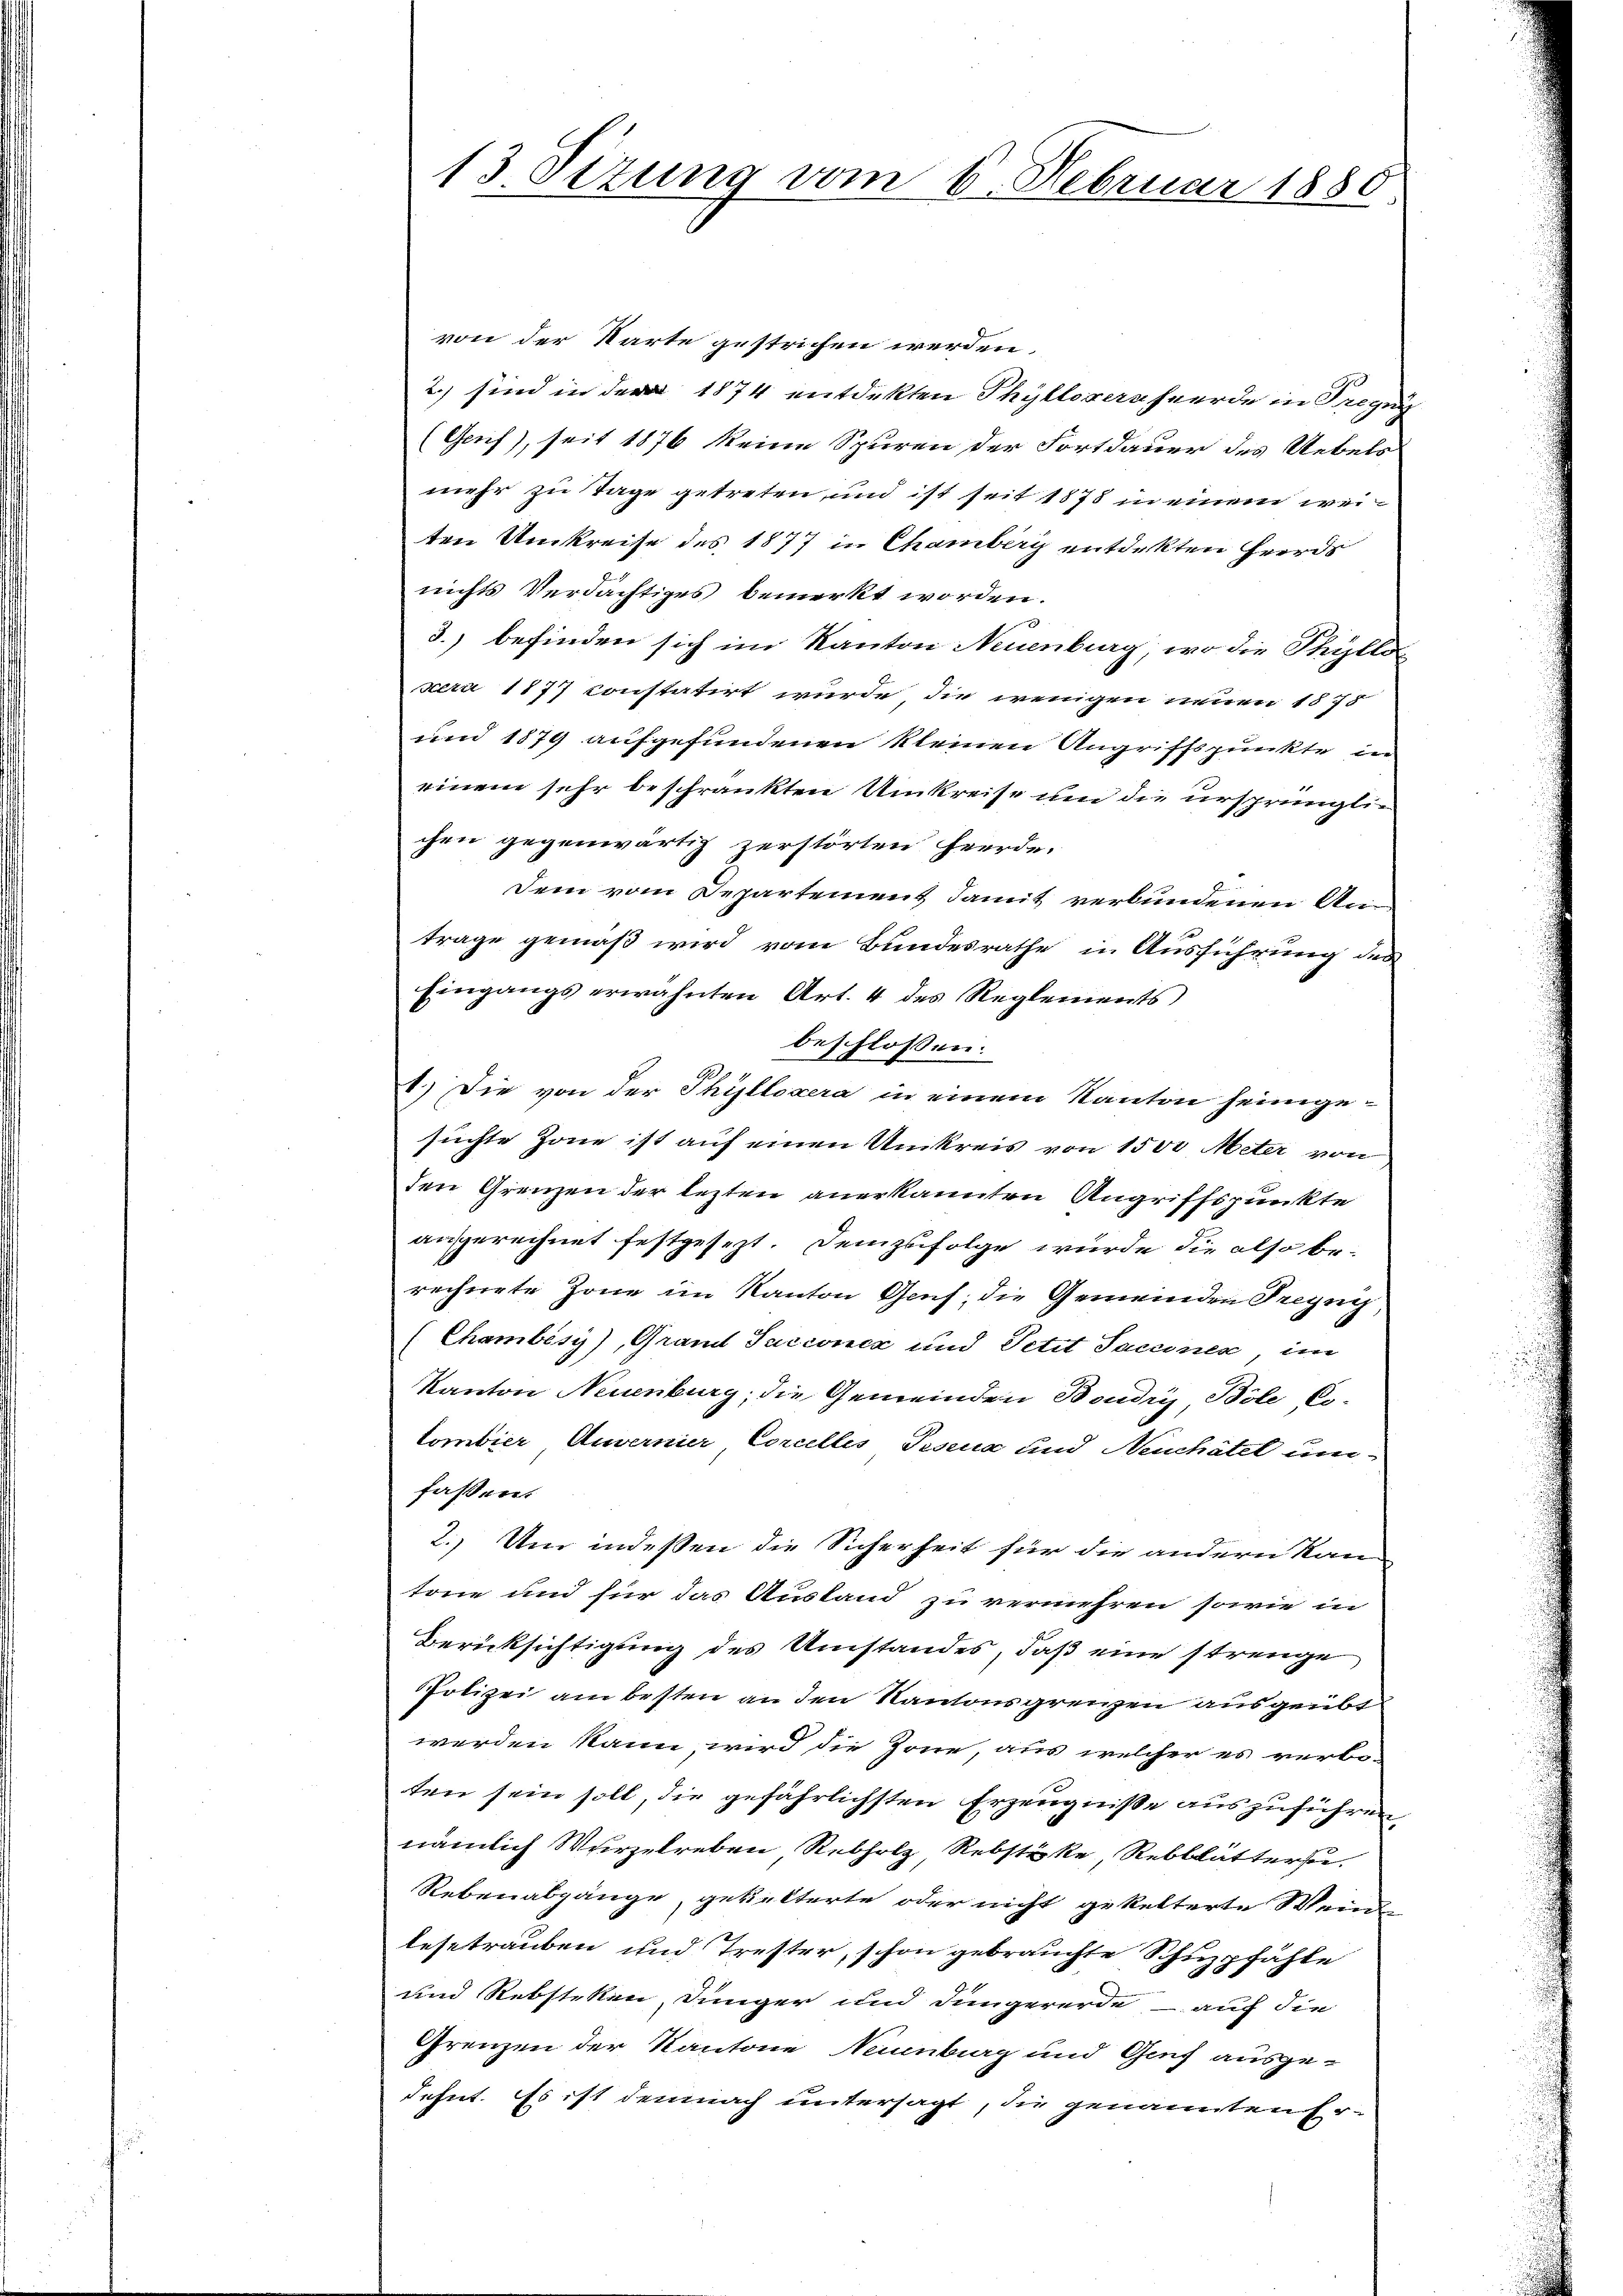
13. Sitzung vom 6. Februar 1885

von der Karte gestrichen werden.
2.) sind in der 1874 entdekten Thylloversheerde in Tregun
(Gaif), seit 1876 keine Spuren der Fortdauer des Uebels
mehr zu Tage getreten, und ist seit 1878 in einem wei-
ten Umkreise des 1877 in Chamberg entdekten Heerds
nichts Verdächtiges bemerkt worden.
3.) befinden sich im Kanton Neuenburg, wo die Phille
xera 1177 constatirt wurde, die wenigen neuen 1875
und 1879 aufgefundenen kleinen Angriffspunkte um
einem sehr beschränkten Umkreise um die ursprünglichen gegenwärtig zerstörten Heerde.
Dem vom Departement damit verbundenen An
träge gemäß wird vom Bundesrathe in Ausführung des
Eingangs erwähnten Art. 4 des Reglements
beschlossen:
1.) Die von der Phyllosera in einem Kanton heimgesuchte Zone ist auf einen Umkreis von 1500 Meter von
den Grenzen der lezten anerkannten Angriffspunkte
angerechnet festgesezt. Demzufolge wurde die also berechnete Zone im Kanton Genf; die Gemeinden Freyg
(Chambésy), Grand Succonce und Petit Saccines, im
Kanton Neuenburg, die Gemeinden Boudry Böle Co-
Combier Anvernier Corcelles Posena und Neuchâtel um
faßen.
2. Um indeßen die Sicherheit für die andern Kan-
tone und für das Austand zu vermehren, sowie in
Berücksichtigung des Umstandes, daß eine strenge
PPolizei am besten an den Kantonsgrenzen ausgeübt
werden kann, wird die Jone, aus welcher es verbo-
ten sein soll, die gefährlichsten Erzeugniße auszuführen,
nämlich Wurzelreben, Rebholz, Rebstücke, Rebblättersu
Rebenabgänge, gebetterte oder nicht gekelterte Wein
lestrauben und Trester, schon gebrauchte Schuzpfähle
und Rebsteken, Dünger und dingererde auf die
Grenzen der Kantone Neuenburg und Genf ausge-
dehnt. Es ist demnach untersagt, die genannten Er-